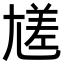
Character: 㞉